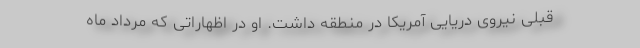
قبلی نیروی دریایی آمریکا در منطقه داشت. او در اظهاراتی که مرداد ماه